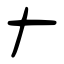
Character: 𠂇